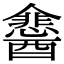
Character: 𮡉